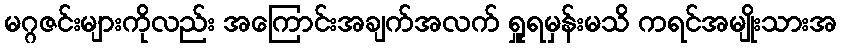
မဂ္ဂဇင်းများကိုလည်း အကြောင်းအချက်အလက် ရှူရမှန်းမသိ ကရင်အမျိုးသားအ